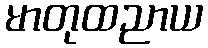
မာတုထညာယ